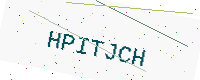
Text: HPITJCH